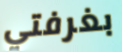
بغرفتي